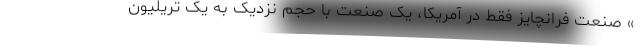
» صنعت فرانچایز فقط در آمریکا، یک صنعت با حجم نزدیک به یک تریلیون